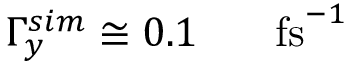
\Gamma _ { y } ^ { s i m } \cong 0 . 1 \ensuremath { \mathrm { ~ \textrm ~ { ~ \, ~ } ~ } } \ensuremath { \mathrm { f s } } ^ { - 1 }